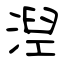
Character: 湼